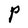
Character: P